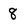
Character: 8